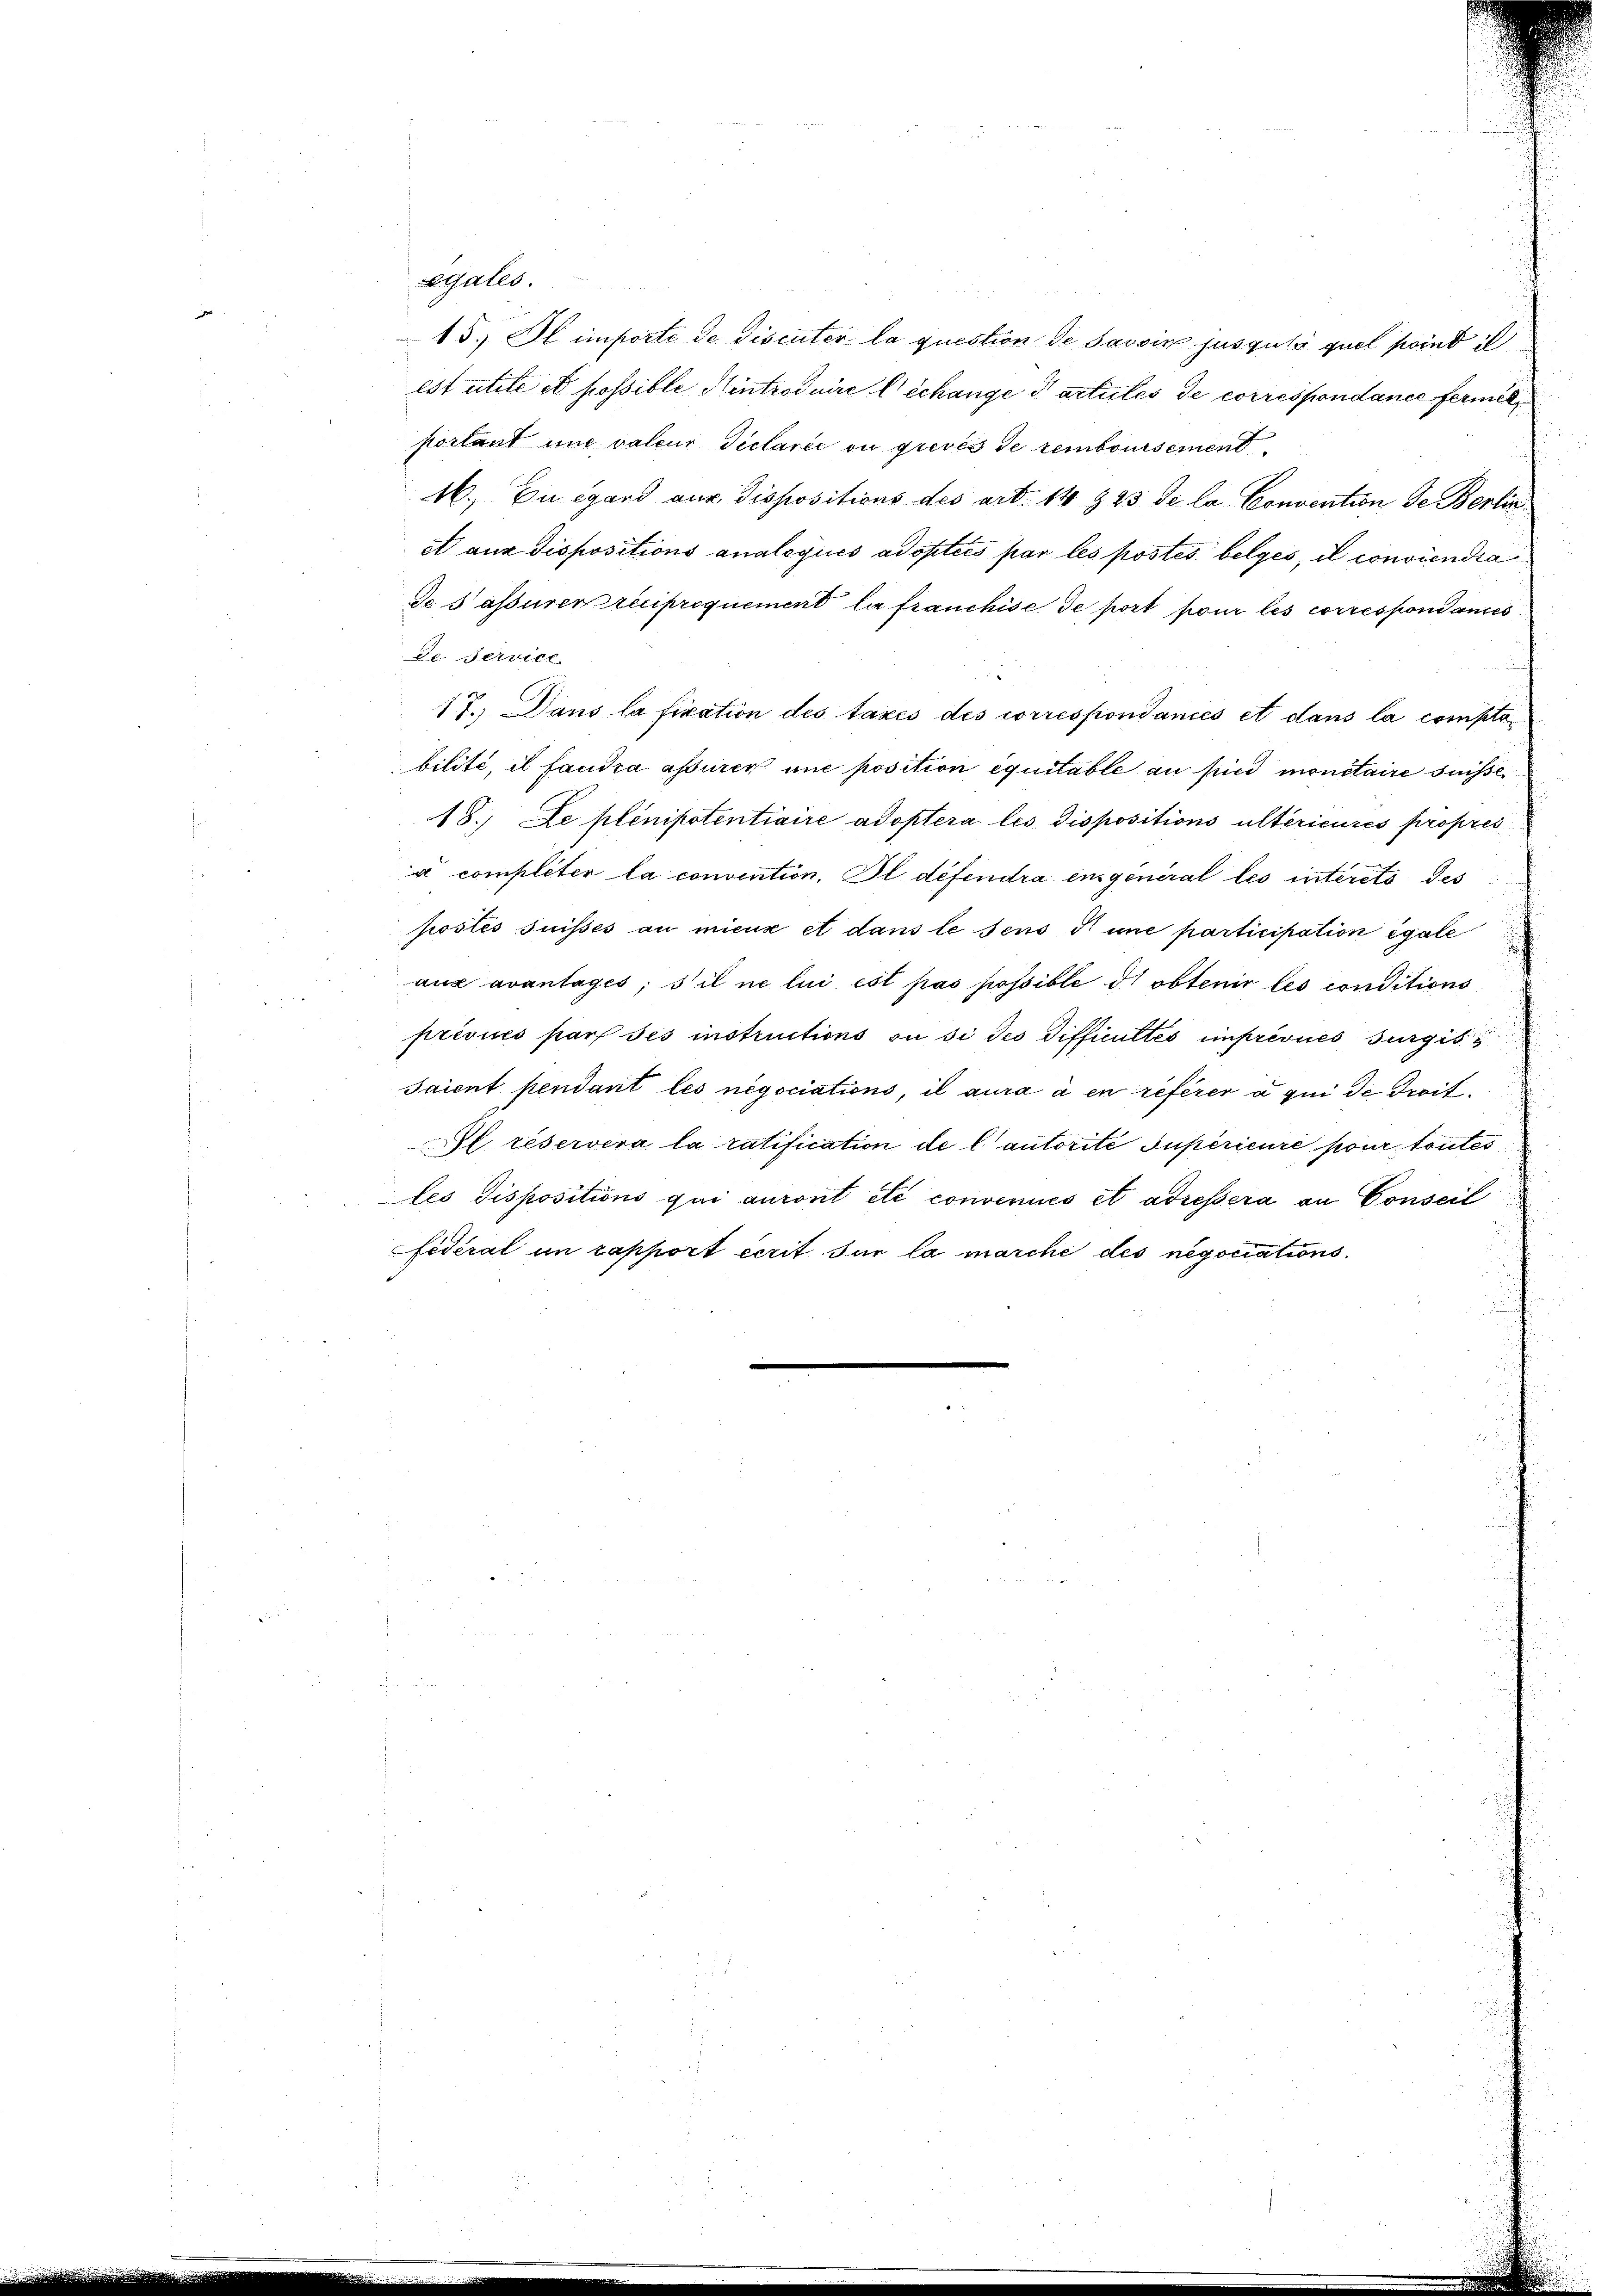
egales.
15. Il importé de Discuter la question de Savin jusgula quel sind i
est utile et possible Hintroduire l’échange darticles de correspondance fermitt
portant und valeur Declarée ou grevés de remboursement
16., Eu égard aus dispositions des art. 14 § 23 de la Convention de Berlin
et aux dispositions analogués adopties par les postes belges, il conviendia
de sassurer reciproquement la franchise de port pour les correspondances
de Service
17. Dans la firation des taxes des correspondanés et dans la comptobilité, il fandra assurer une position équitable an sind monetaire suisse
18. De plenipotentiaire adoptera les dispositions ultérieures propres
à compliter la convention. Il défendra engeneral les interets des
postés suisses au mieux et dans le sens une participation égale
aux avantages, s’il ne lui est pas possible di obtenir les conditions
prévues par ses instructions ou si des Difficultés imprévues Burgis
Saient pendant les negociations, il aura à en referer à qui de Droit.
Il réservera la ratification de lautorité supérieure pour toutes
les dispositions qui auront etc convenues et adressera an Conseil
fidéral in rapport cerit sur la marche des negociations¬